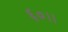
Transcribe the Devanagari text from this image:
६०।।